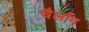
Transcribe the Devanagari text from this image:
चैर्लांग